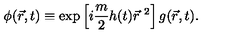
\phi ( \vec { r } , t ) \equiv \exp \left[ i \frac { m } { 2 } h ( t ) { \vec { r } } ^ { \ 2 } \right] g ( \vec { r } , t ) .